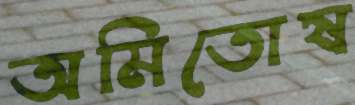
অমিতোষ